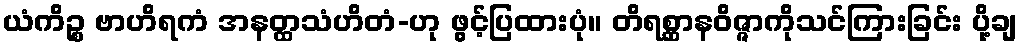
ယံကိဉ္စ ဗာဟိရကံ အနတ္ထသံဟိတံ-ဟု ဖွင့်ပြထားပုံ။ တိရစ္ဆာနဝိဇ္ဇာကိုသင်ကြားခြင်း ပို့ချ